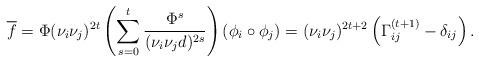
LaTeX: \begin{align*} \overline f = \Phi (\nu_i \nu_j)^{2t} \left(\sum_{s=0}^{t} \frac{\Phi^s}{(\nu_i \nu_j d)^{2s}} \right) (\phi_i \circ \phi_j) = (\nu_i \nu_j)^{2t+2} \left( \Gamma_{ij}^{(t+1)} - \delta_{ij} \right). \end{align*}